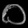
Digit: ၀